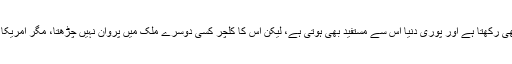
حیرت یہ ہے کہ جاپان، جس کی ترقی یافتہ تہذیب بھی ہے، ٹیکنالوجی پر مکمل کنٹرول بھی رکھتا ہے اور پوری دنیا اس سے مستفید بھی ہوتی ہے، لیکن اس کا کلچر کسی دوسرے ملک میں پروان نہیں چڑھتا، مگر امریکا صرف جنگی سازو سامان ہی بھیجے تو لوگ اس کے کلچر کے رنگ میں رنگ جاتے ہیں